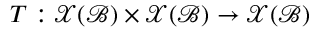
\boldsymbol { T } : \mathcal { X } ( \mathcal { B } ) \times \mathcal { X } ( \mathcal { B } ) \rightarrow \mathcal { X } ( \mathcal { B } )